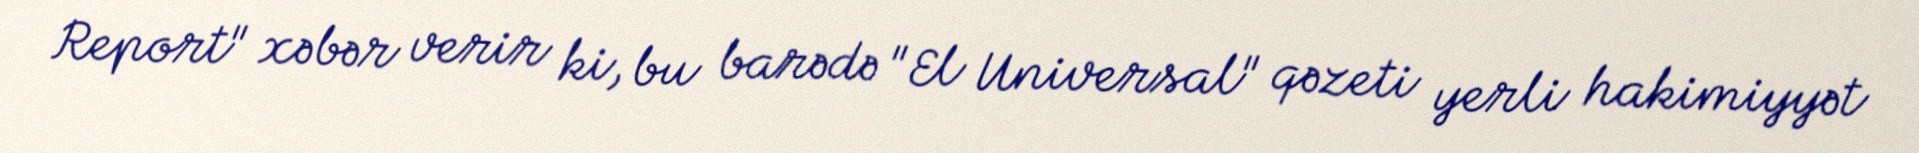
Report" xəbər verir ki, bu barədə "El Universal" qəzeti yerli hakimiyyət